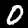
Digit: 0